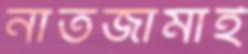
নাতজামাই